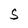
Character: S